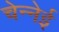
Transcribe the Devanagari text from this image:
चेन्नेई